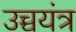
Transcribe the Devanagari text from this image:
उच्चयंत्र